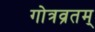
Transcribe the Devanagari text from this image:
गोत्रव्रतम्